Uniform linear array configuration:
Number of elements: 24
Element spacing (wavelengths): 1
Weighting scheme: exponential
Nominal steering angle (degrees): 45
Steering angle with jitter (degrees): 46.019
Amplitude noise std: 0.05
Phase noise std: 0.05

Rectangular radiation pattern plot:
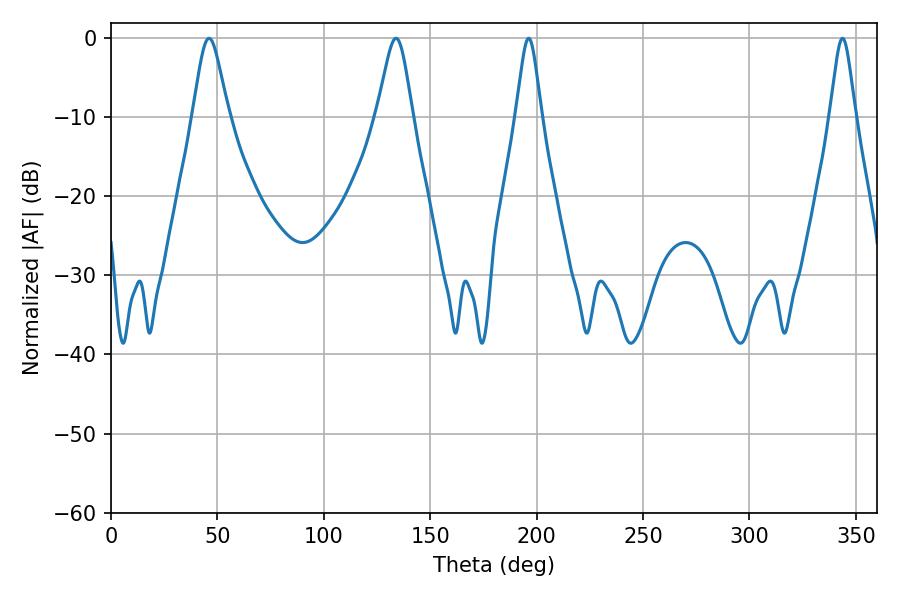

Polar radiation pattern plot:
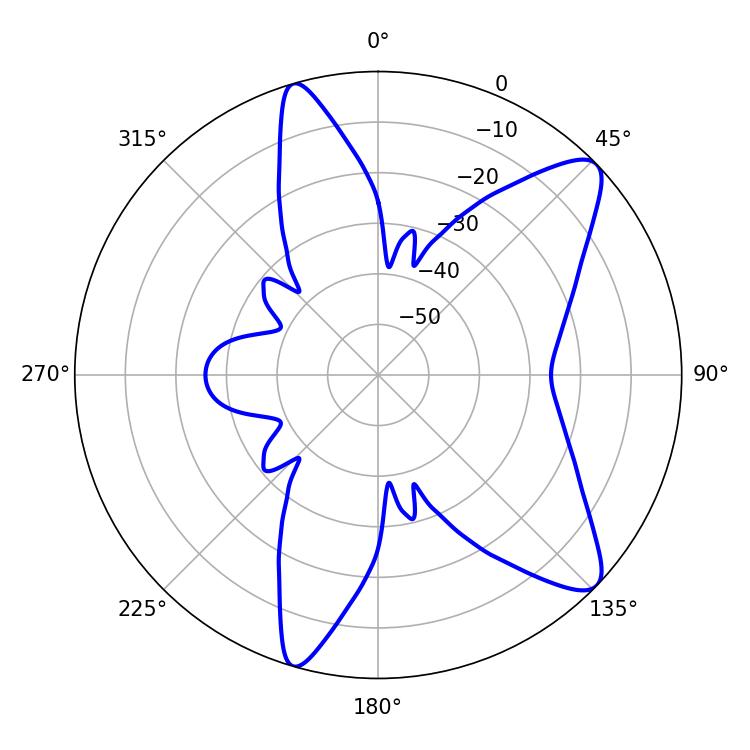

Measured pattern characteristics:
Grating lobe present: TRUE
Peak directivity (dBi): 10.298
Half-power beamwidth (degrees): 8.28
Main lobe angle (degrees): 46.08